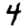
Digit: 4